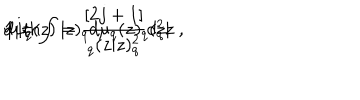
{ \bf 1 } = \int | z ) _ { q } d \mu _ { q } ( z ) _ { q } ( z | \hspace { 1 . 5 c m } \mathrm { w i t h } \hspace { 1 . 5 c m } d \mu _ { q } ( z ) = \frac { [ 2 j + 1 ] } { _ q ( z | z ) _ { q } ^ { 2 } } d _ { q } ^ { 2 } z \ ,